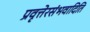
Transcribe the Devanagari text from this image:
प्रवृत्तेरसंभवादिति